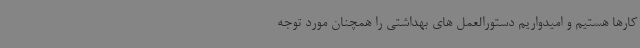
کارها هستیم و امیدواریم دستورالعمل های بهداشتی را همچنان مورد توجه